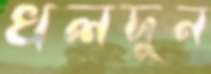
খলদুন